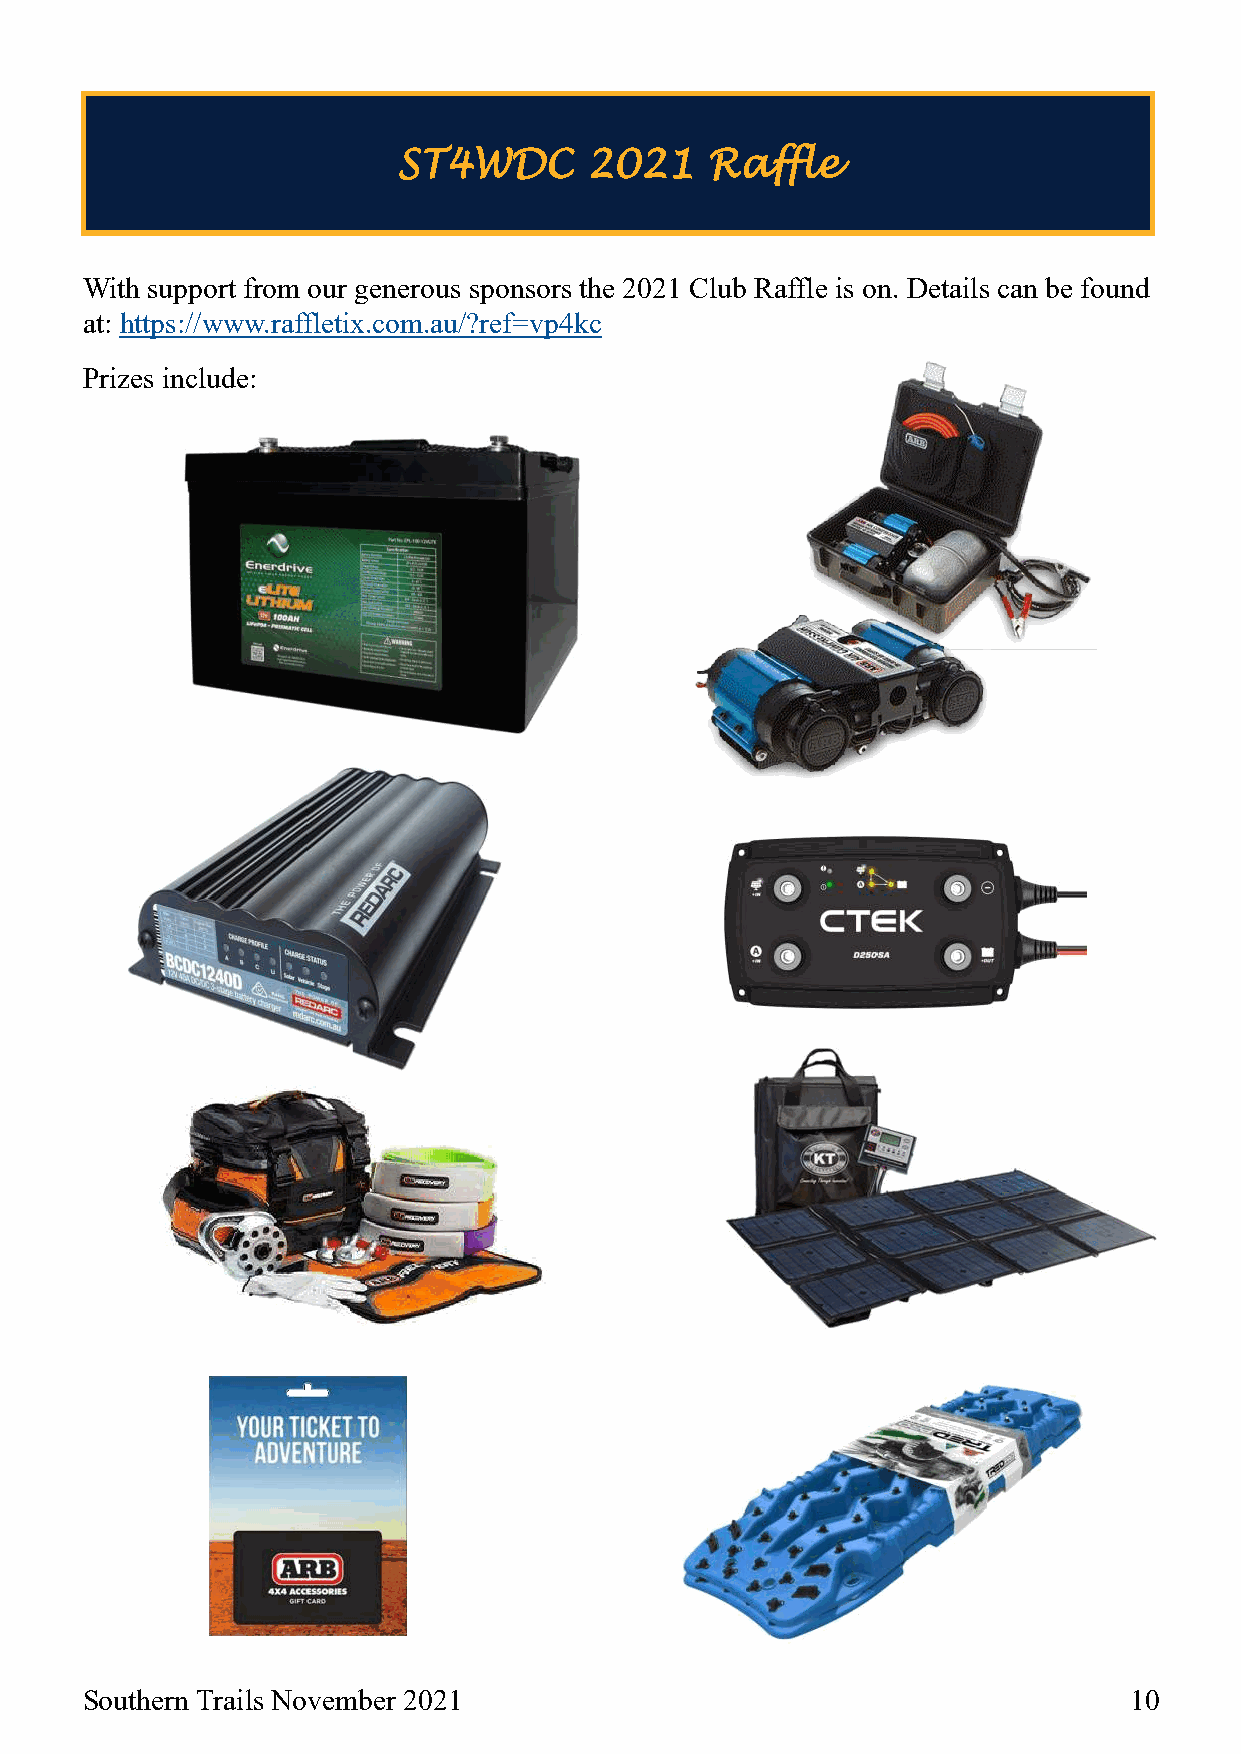
ST4WDC       2021    Raffle
 With support from our generous sponsors the 2021 Club Raffle is on. Details can be found
 at: https://www.raffletix.com.au/?ref=vp4kc
 Prizes include:
 Southern Trails November 2021                                         10